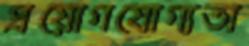
প্রয়োগযোগ্যতা